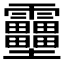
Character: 𱁪